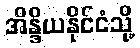
အိန္ဒိယနိုင်ငံသို့